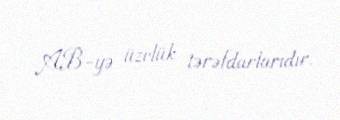
AB-yə üzvlük tərəfdarlarıdır.